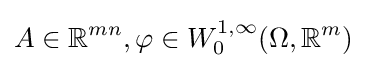
A\in \mathbb {R} ^{mn},\varphi \in W_{0}^{1,\infty }(\Omega ,\mathbb {R} ^{m})